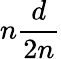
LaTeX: n{\frac{d}{2n}}